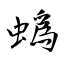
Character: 蟡